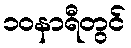
၁၀နာရီတွင်